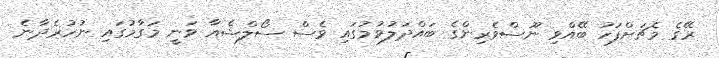
ރޭގެ މެޗަށްފަހު ބޭއްވި ނޫސްވެރިންގެ ބައްދަލުވުމުގައި ވެސް ސޯލްޝެއާ ވަނީ މަގާމުގައި ނުހުރެދާނެ